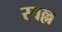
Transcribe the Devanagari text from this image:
स्वल्ल